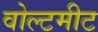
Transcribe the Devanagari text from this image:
वोल्टमीट